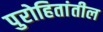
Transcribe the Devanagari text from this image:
पुरोहितांतील